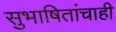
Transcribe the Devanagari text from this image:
सुभाषितांचाही